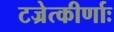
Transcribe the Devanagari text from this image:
टज्रेत्कीर्णाः